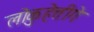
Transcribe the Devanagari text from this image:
लोकुहेत्तीगे